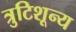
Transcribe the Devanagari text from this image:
त्रुटिशून्य